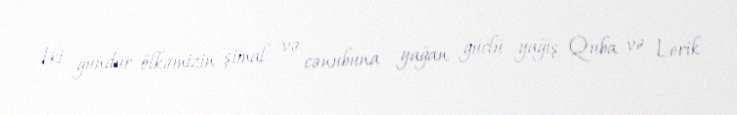
İki gündür ölkəmizin şimal və cənubuna yağan güclü yağış Quba və Lerik